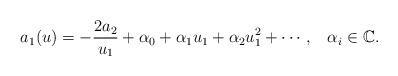
LaTeX: \begin{align*}a_1(u)=-\frac{2a_2}{u_1}+\alpha_0+\alpha_1u_1+\alpha_2u_1^2+\cdots,\,\,\,\,\,\alpha_i\in \mathbb{C}.\end{align*}